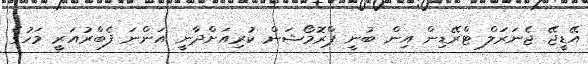
އޭޑީޖޭ ޖެނަރަލް ޓްރޭޑިން އިން ބުނީ ޕްރޮމޯޝަން ކުރިއަށްދާނީ އަންނަ ފެބްރުއަރީ މަހުގެ